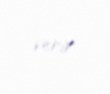
verir.